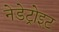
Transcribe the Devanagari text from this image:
नेडेट्रोइट